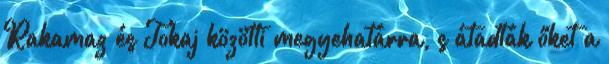
Rakamaz és Tokaj közötti megyehatárra, s átadták őket a